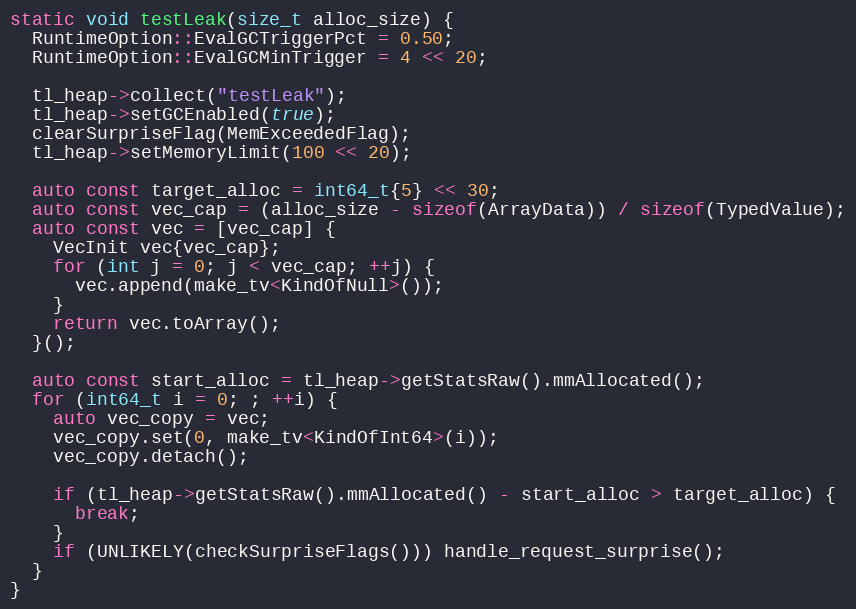
Language: C++
static void testLeak(size_t alloc_size) {
  RuntimeOption::EvalGCTriggerPct = 0.50;
  RuntimeOption::EvalGCMinTrigger = 4 << 20;

  tl_heap->collect("testLeak");
  tl_heap->setGCEnabled(true);
  clearSurpriseFlag(MemExceededFlag);
  tl_heap->setMemoryLimit(100 << 20);

  auto const target_alloc = int64_t{5} << 30;
  auto const vec_cap = (alloc_size - sizeof(ArrayData)) / sizeof(TypedValue);
  auto const vec = [vec_cap] {
    VecInit vec{vec_cap};
    for (int j = 0; j < vec_cap; ++j) {
      vec.append(make_tv<KindOfNull>());
    }
    return vec.toArray();
  }();

  auto const start_alloc = tl_heap->getStatsRaw().mmAllocated();
  for (int64_t i = 0; ; ++i) {
    auto vec_copy = vec;
    vec_copy.set(0, make_tv<KindOfInt64>(i));
    vec_copy.detach();

    if (tl_heap->getStatsRaw().mmAllocated() - start_alloc > target_alloc) {
      break;
    }
    if (UNLIKELY(checkSurpriseFlags())) handle_request_surprise();
  }
}